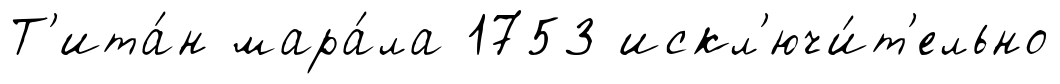
Т'ита́н мара́ла 1753 искл'ючи́т'ельно